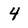
Character: 4